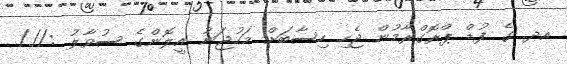
އދ. ގެ ފުޑް ޕްރޮގްރާމުން ޖެހި ހިސާބަށް މަހުޖަނު އީލޮންގެ ސުވާލު ://./